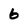
Character: 6